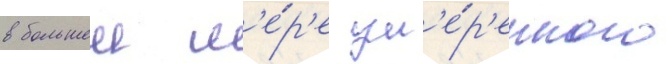
в большеи м'е́р'е ум'е́р'енного